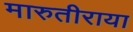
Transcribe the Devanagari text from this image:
मारुतीराया